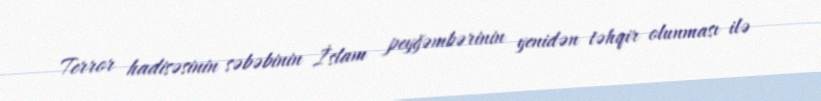
Terror hadisəsinin səbəbinin İslam peyğəmbərinin yenidən təhqir olunması ilə